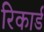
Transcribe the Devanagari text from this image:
रिकार्ड